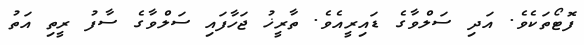
ފޮޓޯތަކެވެ. އަދި ސަލްވާގެ ޑައިރީއެވެ. ތާރީޚު ޖަހާފައި ސަލްވާގެ ސާފު ރީތި އަތު